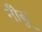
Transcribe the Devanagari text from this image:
नीँबू